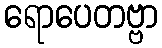
ရောပေတဗ္ဗာ